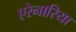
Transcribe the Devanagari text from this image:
एरेनारिया